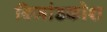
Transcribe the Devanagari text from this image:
बिजांडकोश